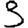
Digit: 3